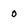
Character: 0